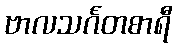
ဗာလသင်္ဂတစာရီ